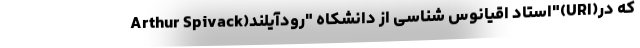
Arthur Spivack)استاد اقیانوس شناسی از دانشکاه "رودآیلند"(URI)که در